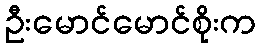
ဦးမောင်မောင်စိုးက